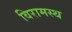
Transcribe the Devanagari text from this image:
विरामस्थ